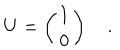
U = \left( \begin{array} { c } { { 1 } } \\ { { 0 } } \\ \end{array} \right) \quad .